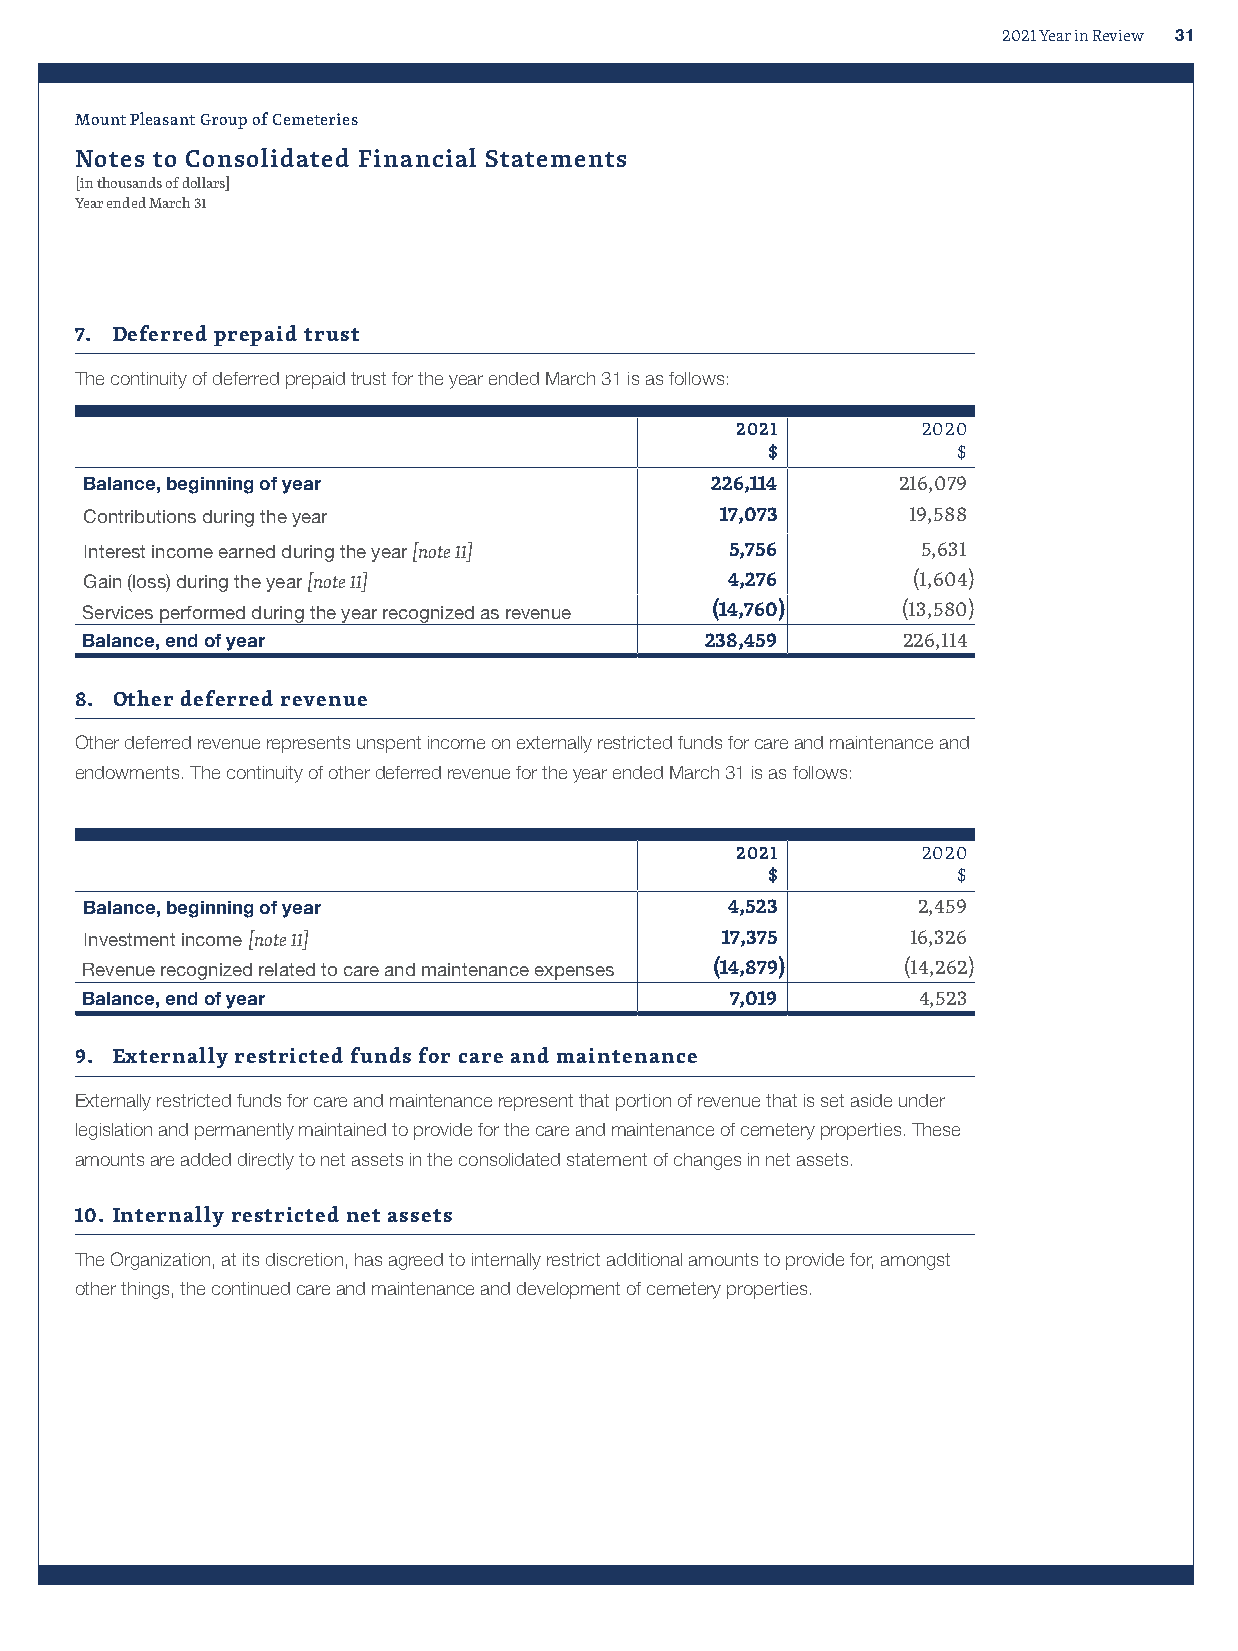
2021 Year in Review 31
 Mount Pleasant Group of Cemeteries
 Notes to Consolidated Financial Statements
 [in thousands of dollars]
 Year ended March 31
 7. Deferred prepaid trust
 The continuity of deferred prepaid trust for the year ended March 31 is as follows:
 2021        2020
 $           $
 Balance, beginning of year               226,114     216,079
 Contributions during the year             17,073      19,588
 Interest income earned during the year [note 11] 5,756 5,631
 Gain (loss) during the year [note 11]     4,276       (1,604)
 Services performed during the year recognized as revenue (14,760) (13,580)
 Balance, end of year                      238,459      226,114
 8. Other deferred revenue
 Other deferred revenue represents unspent income on externally restricted funds for care and maintenance and
 endowments. The continuity of other deferred revenue for the year ended March 31 is as follows:
 2021        2020
 $           $
 Balance, beginning of year                4,523        2,459
 Investment income [note 11]               17,375      16,326
 Revenue recognized related to care and maintenance expenses (14,879) (14,262)
 Balance, end of year                       7,019        4,523
 9. Externally restricted funds for care and maintenance
 Externally restricted funds for care and maintenance represent that portion of revenue that is set aside under
 legislation and permanently maintained to provide for the care and maintenance of cemetery properties. These
 amounts are added directly to net assets in the consolidated statement of changes in net assets.
 10. Internally restricted net assets
 The Organization, at its discretion, has agreed to internally restrict additional amounts to provide for, amongst
 other things, the continued care and maintenance and development of cemetery properties.